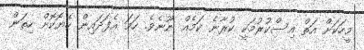
މީހަކަށް އަތް އިސްކުރުމަކީ ކުރާނެ ކަމެއް ނޫނެވެ. ހަމަ އެފަދައިން ހެޔޮކޮށް ހިތަން